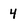
Character: 4